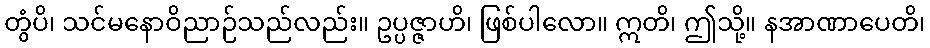
တွံပိ၊ သင်မနောဝိညာဉ်သည်လည်း။ ဥပ္ပဇ္ဇာဟိ၊ ဖြစ်ပါလော။ ဣတိ၊ ဤသို့။ နအာဏာပေတိ၊